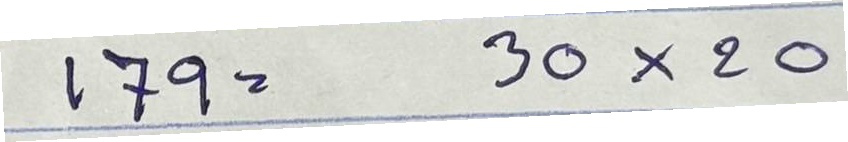
179 = 30x20